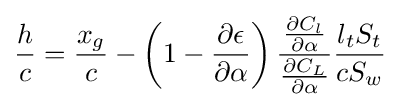
{\frac {h}{c}}={\frac {x_{g}}{c}}-\left(1-{\frac {\partial \epsilon }{\partial \alpha }}\right){\frac {\frac {\partial C_{l}}{\partial \alpha }}{\frac {\partial C_{L}}{\partial \alpha }}}{\frac {l_{t}S_{t}}{cS_{w}}}